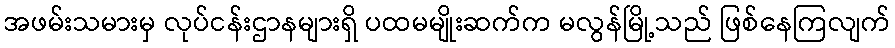
အဖမ်းသမားမှ လုပ်ငန်းဌာနများရှိ ပထမမျိုးဆက်က မလွန်မြို့သည် ဖြစ်နေကြလျက်